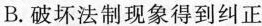
B.破坏法制现象得到纠正